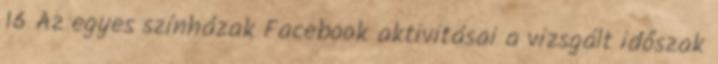
16 Az egyes színházak Facebook aktivitásai a vizsgált időszak